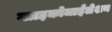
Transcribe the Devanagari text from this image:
ग्लाइकोजाईलेशन